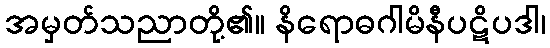
အမှတ်သညာတို့၏။ နိရောဓဂါမိနီပဋိပဒါ၊